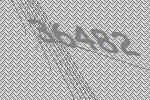
36482